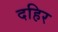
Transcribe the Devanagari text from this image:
दहिर